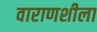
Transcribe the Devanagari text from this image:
वाराणशीला